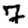
Digit: 7